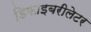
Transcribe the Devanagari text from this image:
डिफाइबरीलेटर